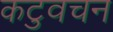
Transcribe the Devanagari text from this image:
कटुवचन